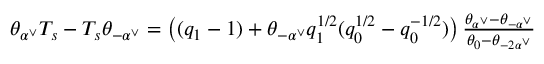
\begin{array} { r } { \theta _ { \alpha ^ { \vee } } T _ { s } - T _ { s } \theta _ { - \alpha ^ { \vee } } = \left( ( q _ { 1 } - 1 ) + \theta _ { - \alpha ^ { \vee } } q _ { 1 } ^ { 1 / 2 } ( q _ { 0 } ^ { 1 / 2 } - q _ { 0 } ^ { - 1 / 2 } ) \right) \frac { \theta _ { \alpha ^ { \vee } } - \theta _ { - \alpha ^ { \vee } } } { \theta _ { 0 } - \theta _ { - 2 \alpha ^ { \vee } } } } \end{array}